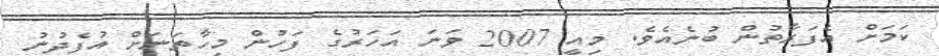
ކަމަށް އެފަރާތުން ބުނެއެވެ. މިއީ 2007 ވަނަ އަހަރުގެ ފަހުން މިހާތަނަށް އުފެދުނު